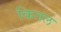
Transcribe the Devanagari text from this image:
कितल